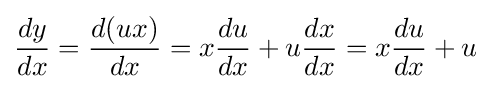
{\frac {dy}{dx}}={\frac {d(ux)}{dx}}=x{\frac {du}{dx}}+u{\frac {dx}{dx}}=x{\frac {du}{dx}}+u